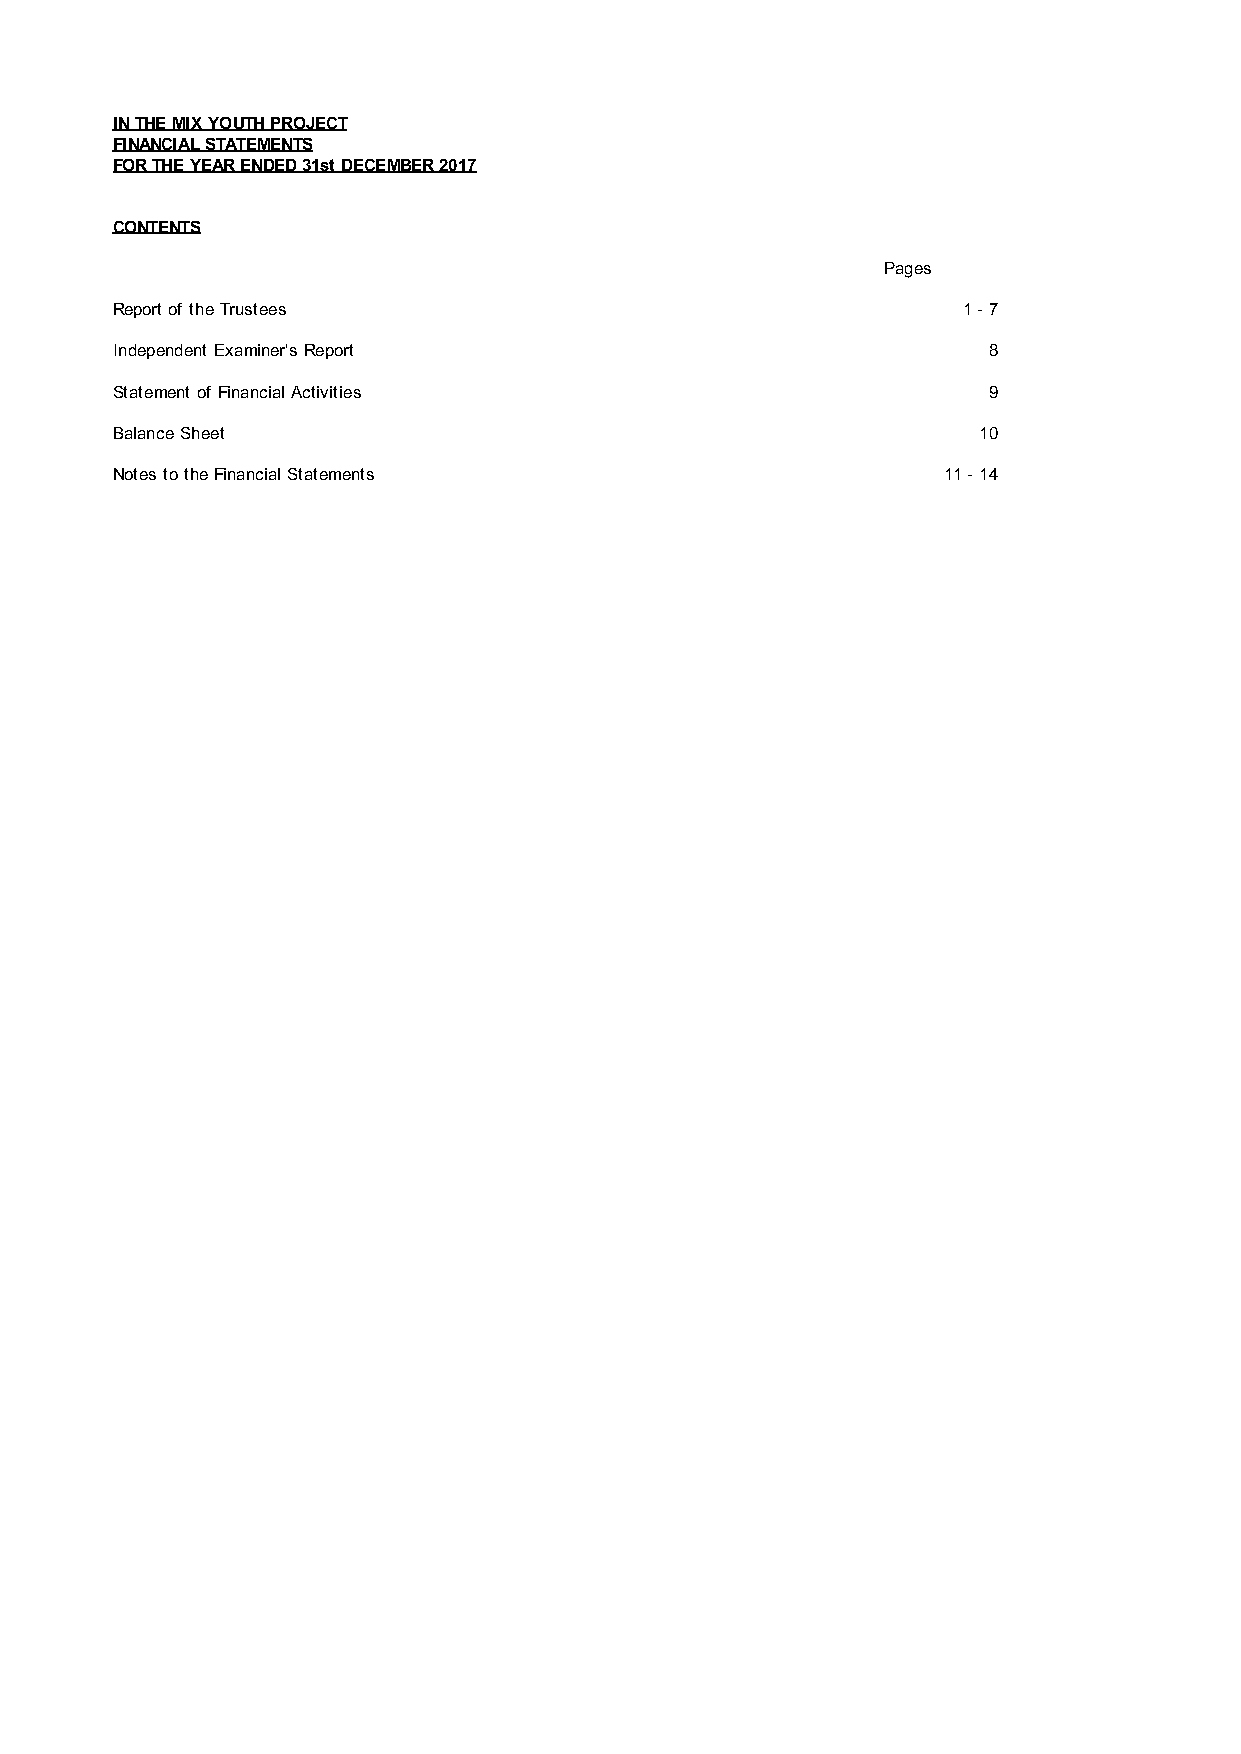
IN THE MIX YOUTH PROJECT
 FINANCIAL STATEMENTS
 FOR THE YEAR ENDED 31st DECEMBER 2017
 CONTENTS
 Pages
 Report of the Trustees                                   1 - 7
 Independent Examiner's Report                             8
 Statement of Financial Activities                         9
 Balance Sheet                                             10
 Notes to the Financial Statements                      11 - 14